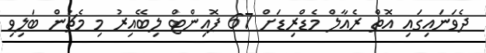
ދެވަނައިގައި އޮތް ރެއާލް މެޑްރިޑަށް 67 ޕޮއިންޓް ލިބޭއިރު މި މެޗުން ބަލިވި